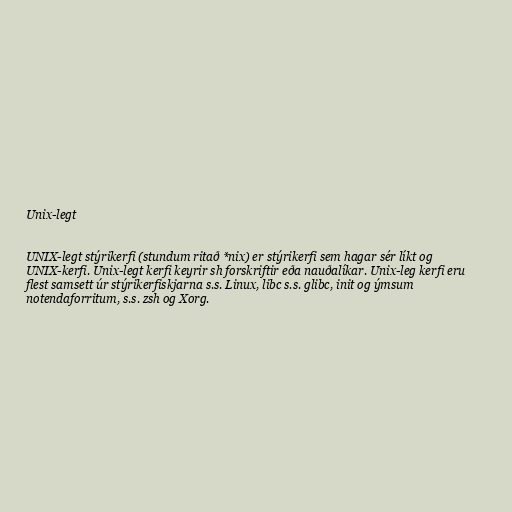
Unix-legt

UNIX-legt stýrikerfi (stundum ritað *nix) er stýrikerfi sem hagar sér líkt og
UNIX-kerfi. Unix-legt kerfi keyrir sh forskriftir eða nauðalíkar. Unix-leg kerfi eru
flest samsett úr stýrikerfiskjarna s.s. Linux, libc s.s. glibc, init og ýmsum
notendaforritum, s.s. zsh og Xorg.